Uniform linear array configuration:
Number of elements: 16
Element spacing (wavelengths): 0.75
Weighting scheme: exponential
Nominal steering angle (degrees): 0
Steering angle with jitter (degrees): -1.553
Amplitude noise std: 0.05
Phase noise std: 0.05

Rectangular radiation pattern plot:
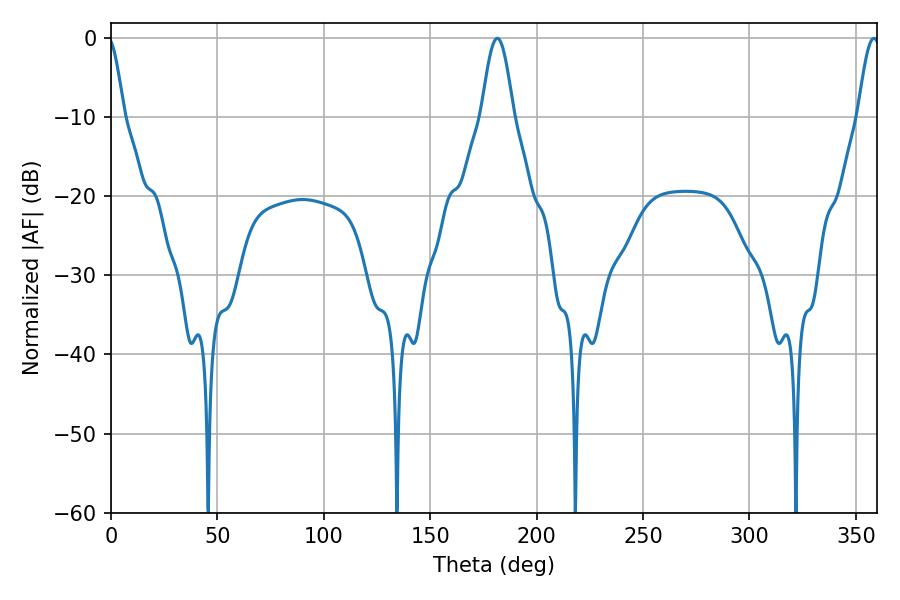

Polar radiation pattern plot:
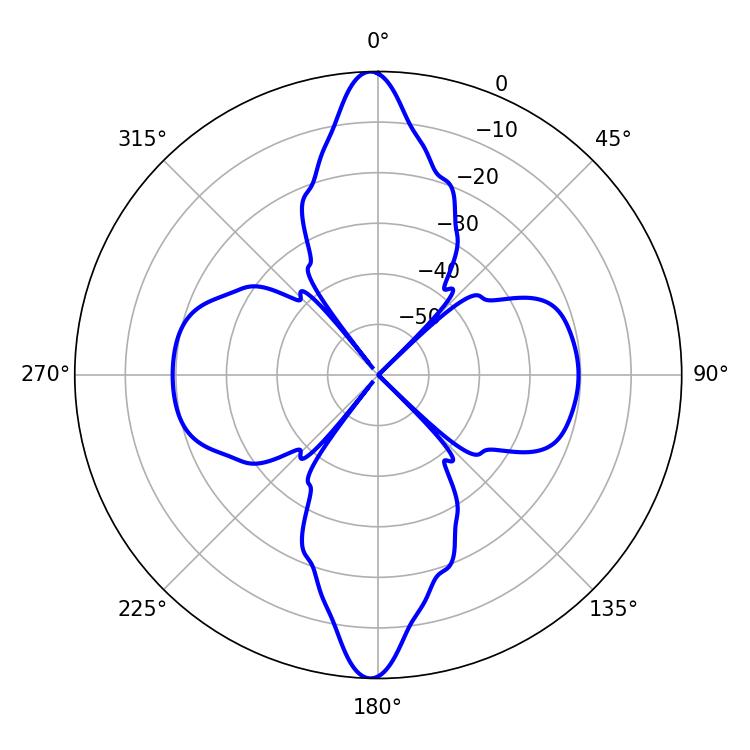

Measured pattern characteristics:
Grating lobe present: TRUE
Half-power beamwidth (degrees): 8.1
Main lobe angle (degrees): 181.44